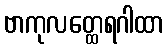
ဗာကုလတ္ထေရဂါထာ